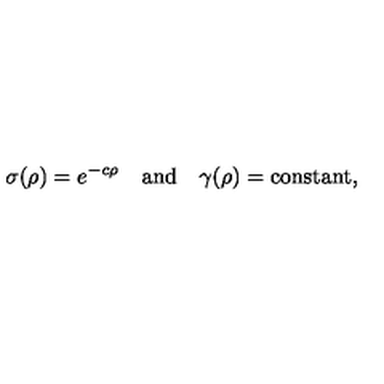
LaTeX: \sigma ( \rho ) = e ^ { - c \rho } \quad \mathrm { a n d } \quad \gamma ( \rho ) = \mathrm { c o n s t a n t } ,